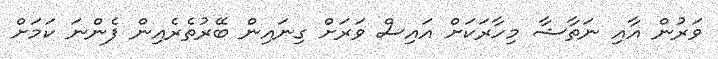
ވަރުން އާއި ނަތާޝާ މިހާރަކަށް އައިސް ވަރަށް ގިނައިން ބޭރުތެރެއިން ފެންނަ ކަމަށް